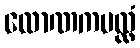
လောဏကပလ္လံ